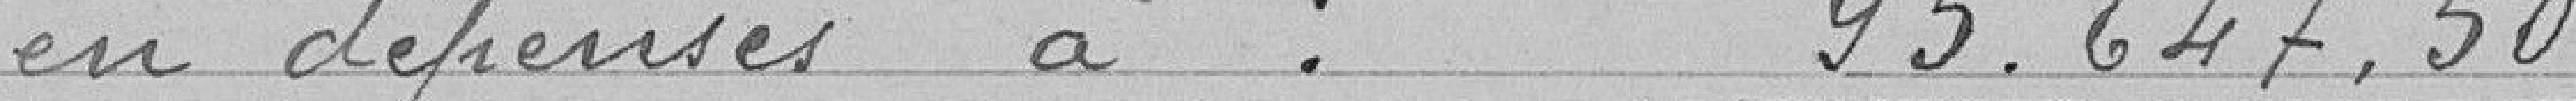
en dépenses à : 95.647,50